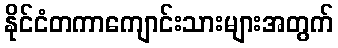
နိုင်ငံတကာကျောင်းသားများအတွက်